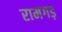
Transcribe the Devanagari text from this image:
रामगड़